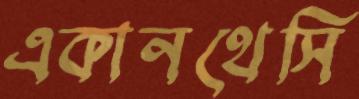
একানথেসি